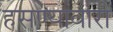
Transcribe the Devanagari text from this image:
हसण्यावारी